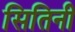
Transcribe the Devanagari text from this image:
सितिनी